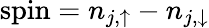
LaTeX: \mathrm{spin}=n_{j,\uparrow}-n_{j,\downarrow}